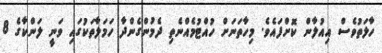
ހާލަތުވެސް އިއުލާން ކޮށްފައެވެ. މިހާތަނަށް ހުއްޓުމެއްނެތި ދެމުންގެންދާ ހަމަލާތަކުގައި ވަނީ ލަންކާގެ 8